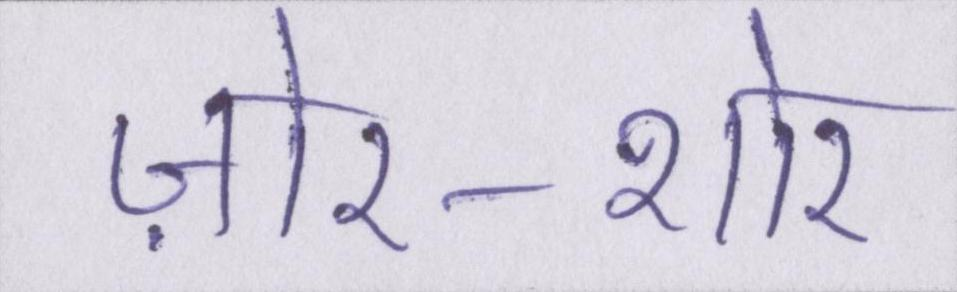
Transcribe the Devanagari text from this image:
ज़ोर-शोर